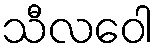
သီလဝေါ